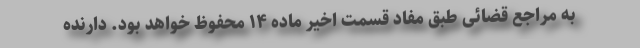
به مراجع قضائی طبق مفاد قسمت اخیر ماده ۱۴ محفوظ خواهد بود. دارنده